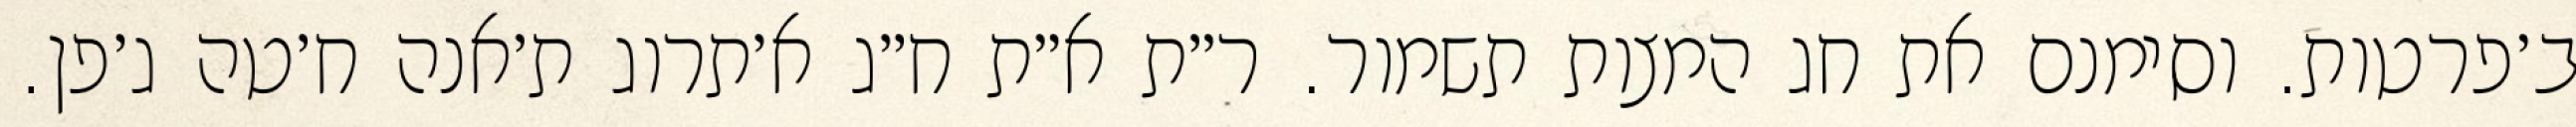
ב׳פרטות. וסימנם את חג המצות תשמור. ר״ת א״ת ח״ג א׳תרוג ת׳אנה ח׳טה ג׳פן.